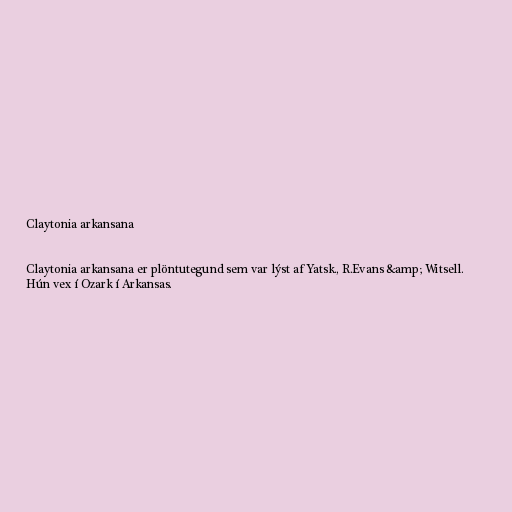
Claytonia arkansana

Claytonia arkansana er plöntutegund sem var lýst af Yatsk., R.Evans &amp; Witsell.
Hún vex í Ozark í Arkansas.